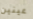
عينين